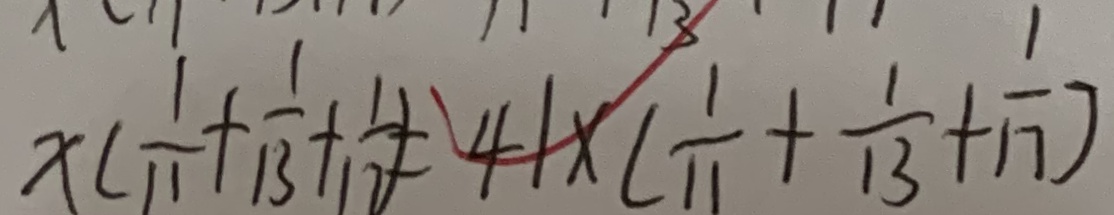
x ( \frac { 1 } { 1 1 } + \frac { 1 } { 1 3 } + \frac { 1 } { 1 7 } ) = 4 1 \times ( \frac { 1 } { 1 1 } + \frac { 1 } { 1 3 } + \frac { 1 } { 1 7 } )